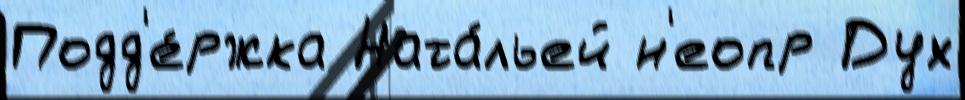
Подд'е́ржка Ната́льей н'еопр Дух